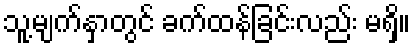
သူ့မျက်နှာတွင် ခက်ထန်ခြင်းလည်း မရှိ။